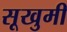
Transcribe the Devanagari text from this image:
सूखुमी